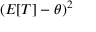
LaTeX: ( E [ T ] - \theta ) ^ { 2 }